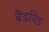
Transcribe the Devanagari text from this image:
बैंडविड